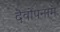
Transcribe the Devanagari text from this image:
देवोपनाम